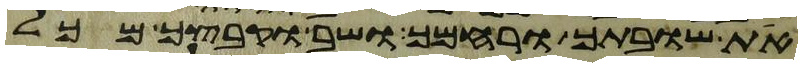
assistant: את שובתך ורחמך ושב וקבצך מכל